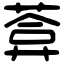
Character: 葊